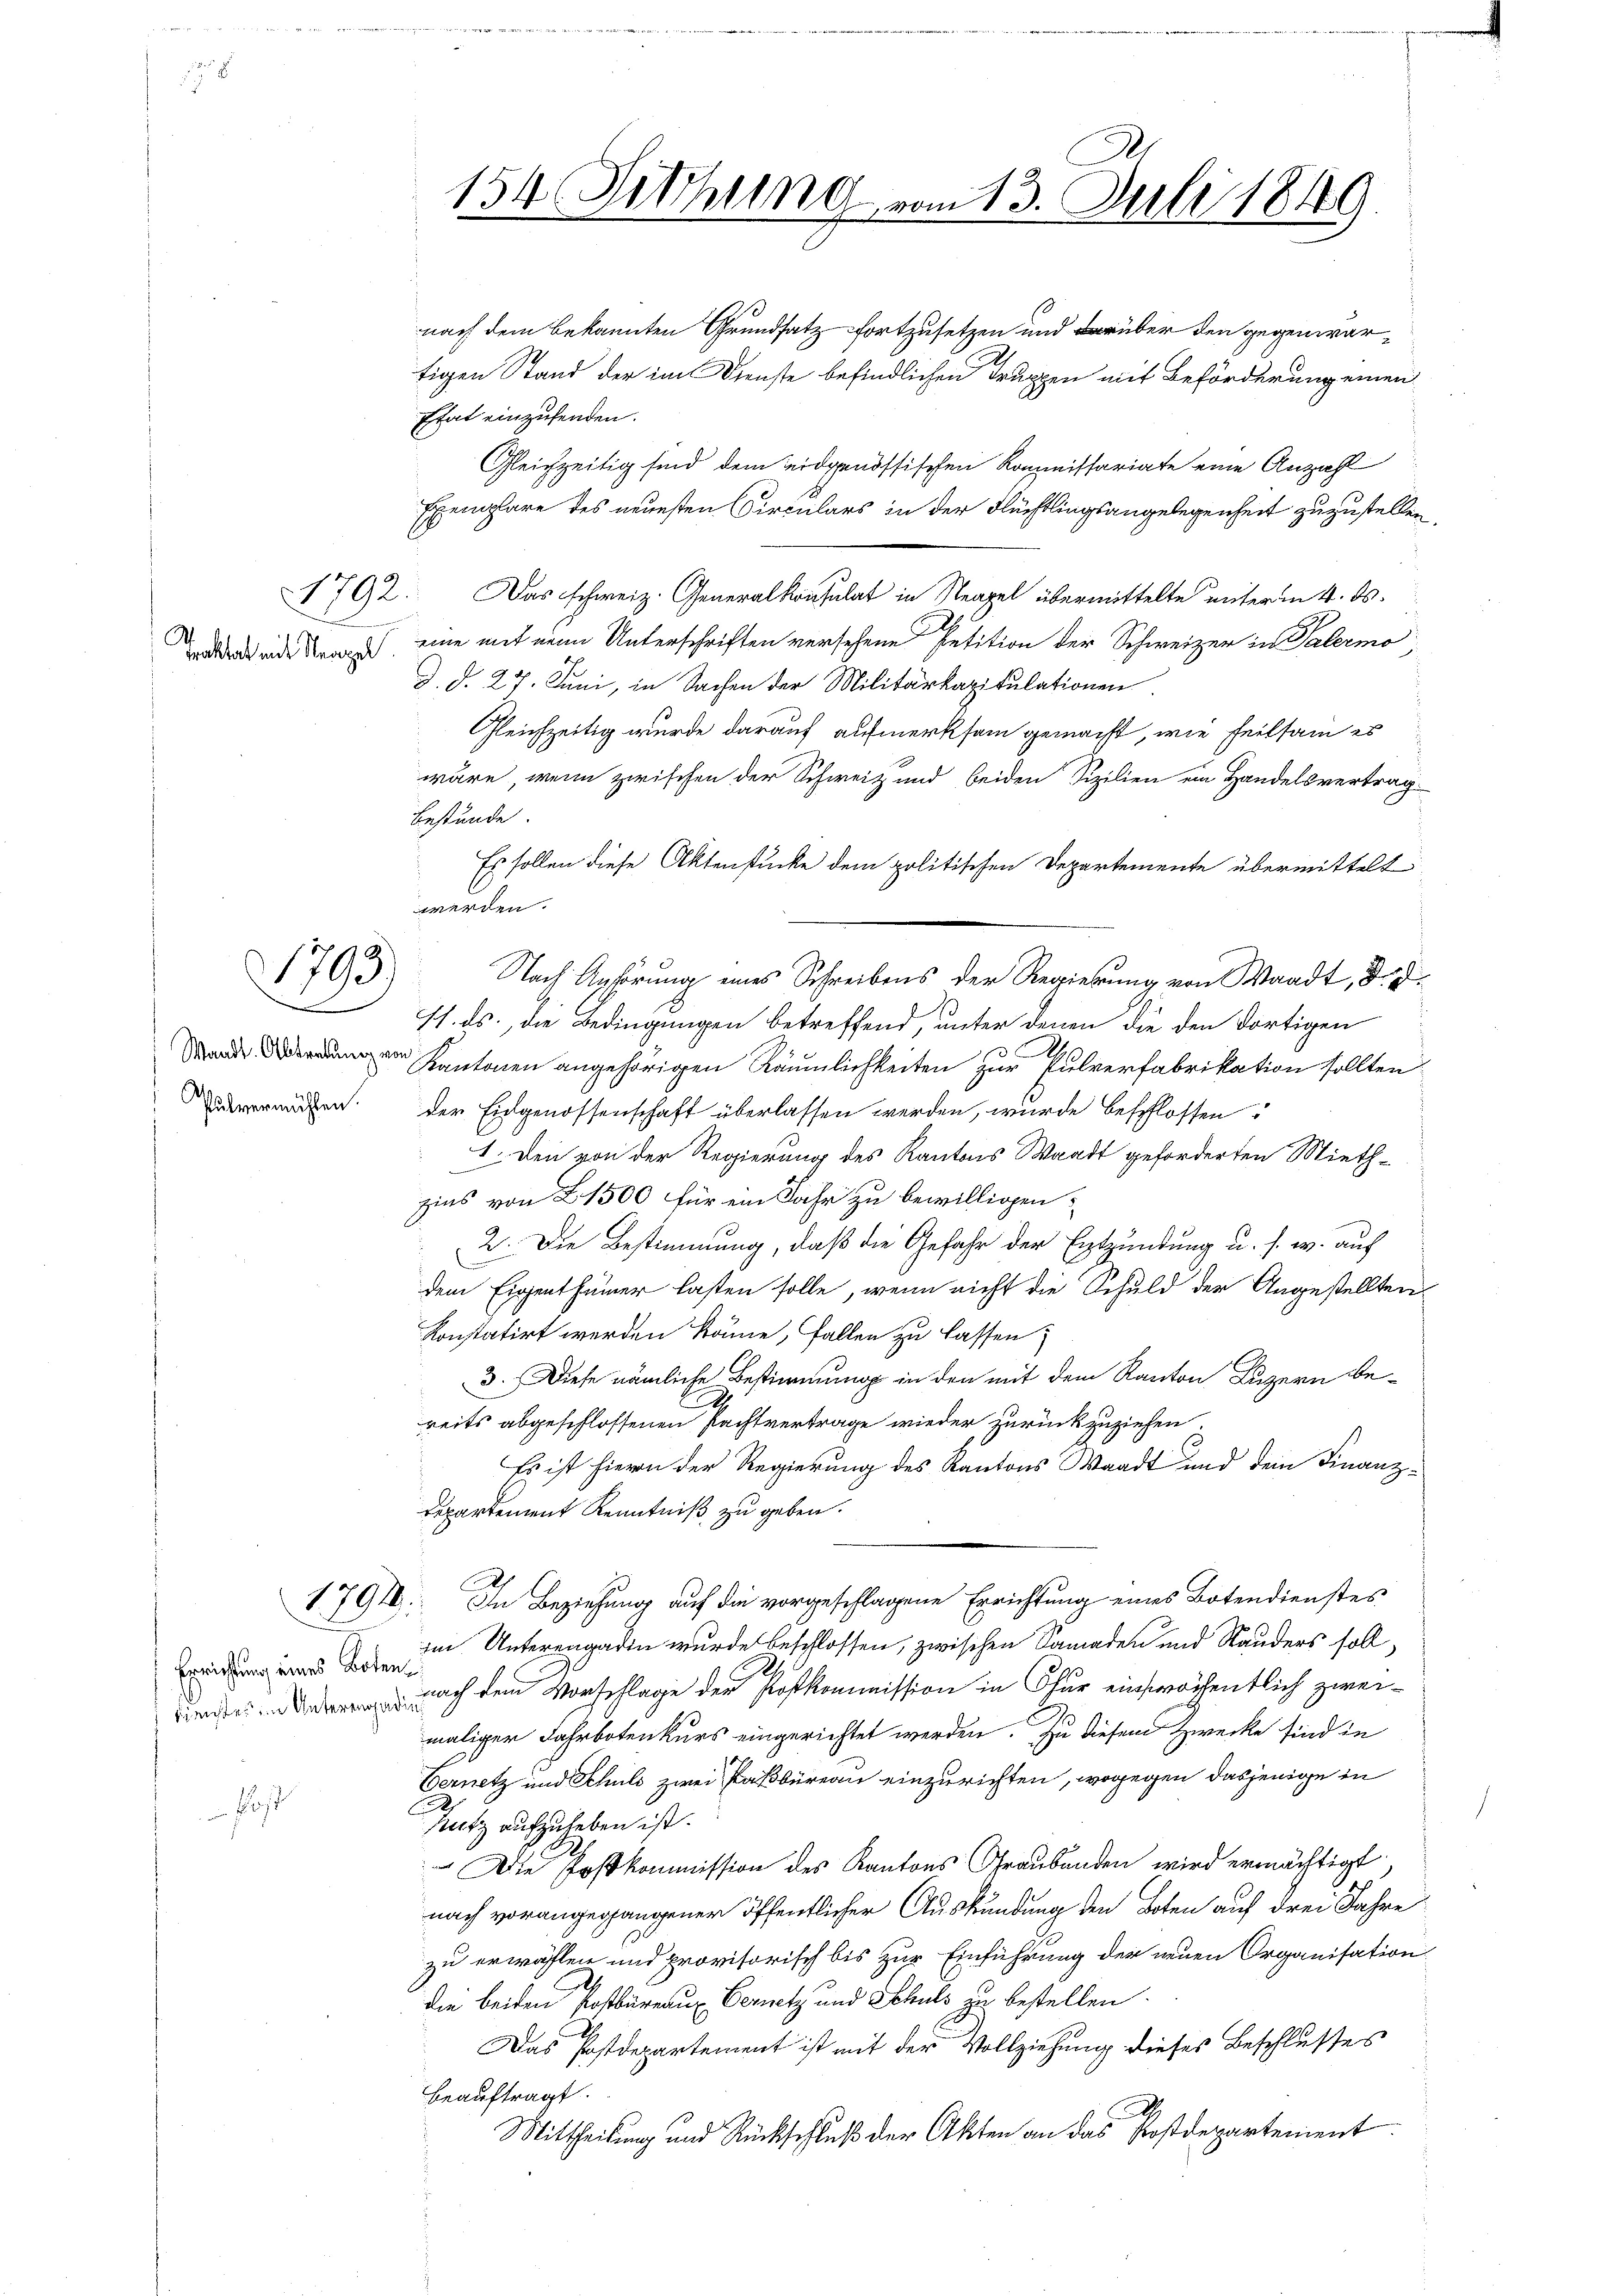
Trabat mit Neapel.

1793.

1792.

7

d
Wandl. Abtretung von

Errichtung eines Boten¬

nach dem bekannten Grundsatzfortzusetzen und darüber den gegenwärtigen Stand der im Dienste befindlichen Truppen mit Beförderung einen
Etat einzusenden.
Gleichzeitig sind dem eidgenössischen Kommissariate eine Anzahl
Exemplare des neuesten Circulars in der Flüchtlingsangelegenheit zuzustellen,
Das schweiz. Generalkonsulat in Neapel übermittelte unterm 4. ds.
eine mit nein Unterschriften versehene Petition der Schweizer in Palermo
d. d. 27. Juni, in Sachen der Militärkapitulationen
Gleichzeitig wurde darauf aufmerksam gemacht, wie feilsam es
wäre, wenn zwischen der Schweiz und beiden Sizilien ein Handelsvertrag
bestände.
Es sollen diese Aktenstücke dem politischen Departemente übermittelt
Nach Anhörung eines Schreibens der Regierung von Waadt, d. d.
sh. ds., die Bedingungen betreffend, unter denen die den dortigen
Kantonen angehörigen Räumlichkeiten zur Pulverfabrikation sollten.
dvermaßen. Der Eidgenossenschaft überlassen werden, wurde beschlossen:
1. Den von der Regierung des Kantons Waadt geforderten Miethzins von 1500 für ein Jahr zu bewilligen;
2. Die Bestimmung, daß die Gefahr der Entzündung u. s. w. auf
dem Eigenthümer lasten solle, wenn nicht die Schuld der Angestellten
konstatirt werden könne, fallen zu lassen;
3. Diese nämliche Bestimmung in den mit dem Kanton Luzern bereits abgeschlossenen Pachtvertrage wieder zurückzuziehen.
Es ist hievon der Regierung des Kantons Waadt und dem Finanz¬
Departement Kenntniß zu geben.
1791. In Beziehung auf die vorgeschlagene Errichtung eines Botendienstes
im Unterengarin wurde beschlossen, zwischen Samaden und Stauders soll,
 nach dem Vorschlage der Postkommission in Chur einswöchentlich zweimaliger Fahrbotenkurs eingerichtet werden. Zu diesem Zwecke sind in
Vernetz und Schuld zwei Paßbureau einzurichten, wogegen dasjenige in
2
Nutz aufzuheben ist.
 Die Postkommission des Kantons Graubünden wird ermächtigt,
nach vorangegangener öffentlicher Auskundung den Boten auf drei Jahre
zu erwählen und provisorisch bis zur Einführung der neuen Organisation
die beiden Postbureaux Eernetz und Schuls zu bestellen.
Das Postdepartement ist mit der Vollziehung dieses Beschlußes
beauftragt.
Mittheilung und Rückschluß der Akten an das Postdepartement

154 Sitzung vom 13. Juli 1849.

werden.